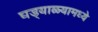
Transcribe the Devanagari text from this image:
घड्याळ्यामध्ये